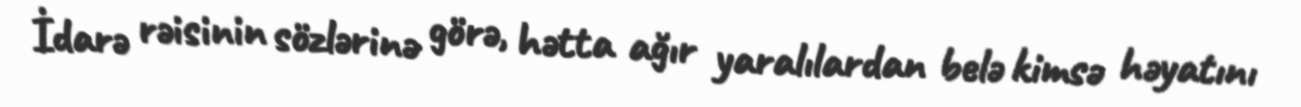
İdarə rəisinin sözlərinə görə, hətta ağır yaralılardan belə kimsə həyatını